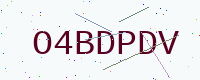
Text: O4BDPDV